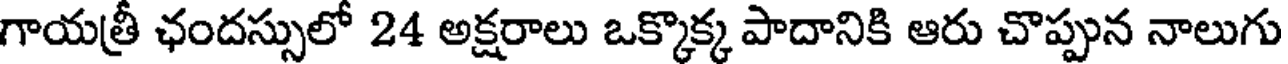
గాయత్రీ ఛందస్సులో 24 అక్షరాలు ఒక్కొక్క పాదానికి ఆరు చొప్పున నాలుగు